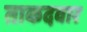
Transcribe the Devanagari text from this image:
ताकदवार